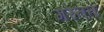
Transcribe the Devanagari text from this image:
गरेतत